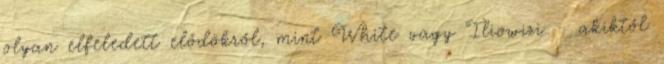
olyan elfeledett elődökről, mint White vagy Iliowizi – akiktől